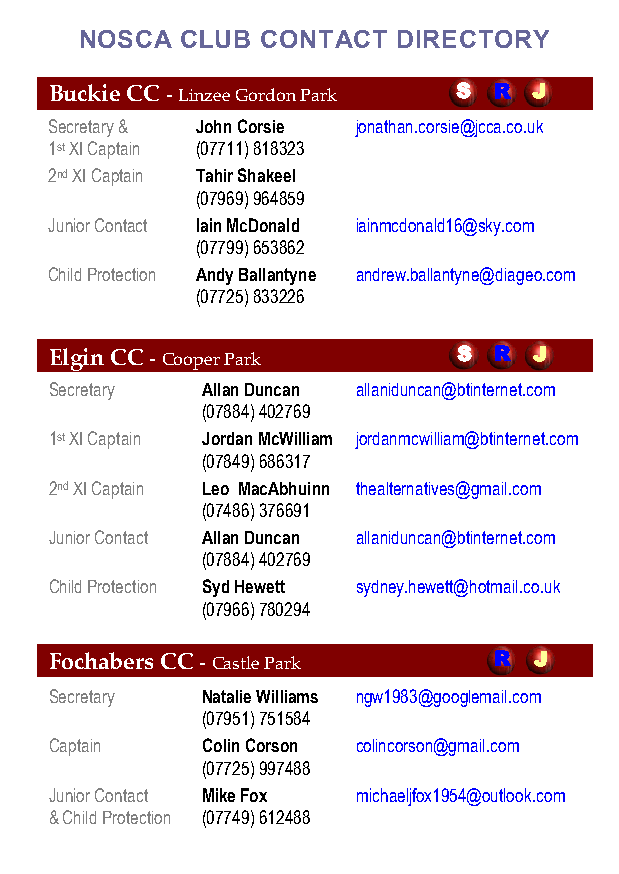
NOSCA  CLUB CONTACT  DIRECTORY
 Buckie CC - Linzee Gordon Park S R J
 Secretary & John Corsie jonathan.corsie@jcca.co.uk
 1st XI Captain (07711) 818323
 2nd XI Captain Tahir Shakeel
 (07969) 964859
 Junior Contact Iain McDonald iainmcdonald16@sky.com
 (07799) 653862
 Child Protection Andy Ballantyne andrew.ballantyne@diageo.com
 (07725) 833226
 Elgin CC - Cooper Park     S  R J
 Secretary  Allan Duncan allaniduncan@btinternet.com
 (07884) 402769
 1st XI Captain Jordan McWilliam jordanmcwilliam@btinternet.com
 (07849) 686317
 2nd XI Captain Leo MacAbhuinn thealternatives@gmail.com
 (07486) 376691
 Junior Contact Allan Duncan allaniduncan@btinternet.com
 (07884) 402769
 Child Protection Syd Hewett sydney.hewett@hotmail.co.uk
 (07966) 780294
 Fochabers CC - Castle Park    R J
 Secretary  Natalie Williams ngw1983@googlemail.com
 (07951) 751584
 Captain    Colin Corson colincorson@gmail.com
 (07725) 997488
 Junior Contact Mike Fox michaeljfox1954@outlook.com
 & Child Protection (07749) 612488